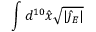
\int d ^ { 1 0 } \hat { x } \sqrt { | \hat { \jmath } _ { E } | }